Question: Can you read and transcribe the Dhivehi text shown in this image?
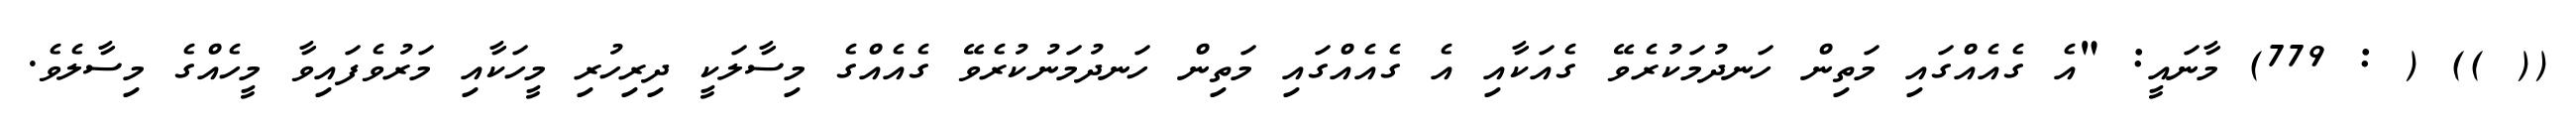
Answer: (( )) ( : 779) މާނައީ: "އެ ގެއެއްގައި މަތިން ހަނދުމަކުރެވޭ ގެއަކާއި އެ ގެއެއްގައި މަތިން ހަނދުމަނުކުރެވޭ ގެއެއްގެ މިސާލަކީ ދިރިހުރި މީހަކާއި މަރުވެފައިވާ މީހެއްގެ މިސާލެވެ.